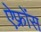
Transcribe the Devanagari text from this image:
ऐफ्रोंस